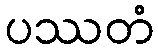
ပဿတံ